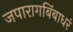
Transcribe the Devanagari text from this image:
जपारागबिंबाधरं